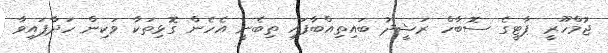
ޖުމްހޫރީ ޕާޓީގެ ސޮބާހް ރަޝީދު ބައިތިއްބާފައި ތިބެނީ އެހެން ގޮޅިތަކާ ވަކިން ހަދާފައިވާ